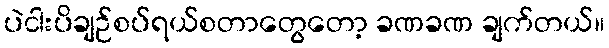
ပဲငါးပိချဉ်စပ်ရယ်စတာတွေတော့ ခဏခဏ ချက်တယ်။